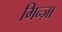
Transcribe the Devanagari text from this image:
गिन्ज़ा